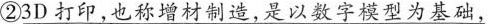
②\underline{3D打印,也称增材制造,是以数字模型为基础}